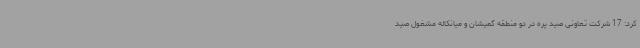
کرد: 17 شرکت تعاونی صید پره در دو منطقه گمیشان و میانکاله مشغول صید